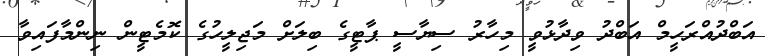
އަބްދުއްރަހީމް އަބްދު ވިދާޅުވީ މިހާރު ސިޔާސީ ޕާޓީގެ ބިލަށް މަޖިލީހުގެ ކޮމެޓީން ނިންމާފައިވާ